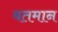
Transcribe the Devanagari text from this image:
वतमान